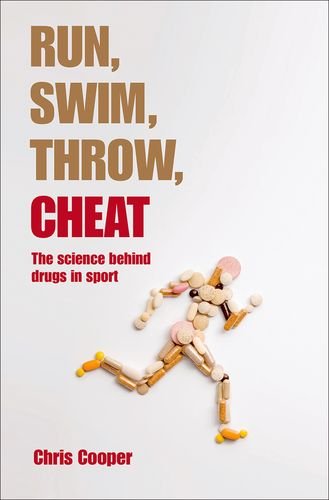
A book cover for Run, Swim, Throw, Cheat: The science behind drugs in sport; Chris Cooper; Sports & Outdoors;